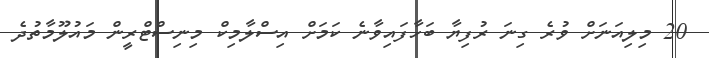
20 މިލިއަނަށް ވުރެ ގިނަ ރުފިޔާ ބަހާފައިވާނެ ކަމަށް އިސްލާމިކް މިނިސްޓްރީން މައުލޫމާތުދެ